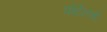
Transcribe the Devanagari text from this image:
पोर्टलचे